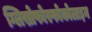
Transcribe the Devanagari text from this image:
ग्लिस्रोफोस्फोकोलाइन